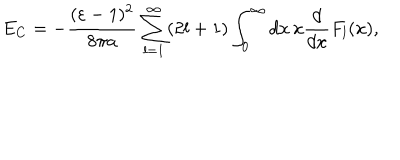
LaTeX: E _ { C } = - \frac { ( \varepsilon - 1 ) ^ { 2 } } { 8 \pi a } \sum _ { l = 1 } ^ { \infty } ( 2 l + 1 ) \int _ { 0 } ^ { \infty } d x \, x \frac { d } { d x } F _ { l } ( x ) ,